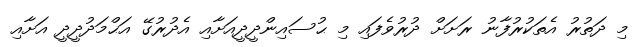
މި ދަތުރު އެތަކުރުފާނު ރަށަށް ދުރުވެފައި މި ޙުސައިންދީދީއަށާއި އެދުރުގޭ އަޙްމަދުދީދީ އަށާއި